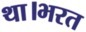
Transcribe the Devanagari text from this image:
था।भरत